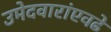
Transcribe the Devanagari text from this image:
उमेदवारांएवढे